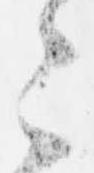
々